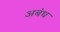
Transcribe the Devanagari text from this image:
अबंध